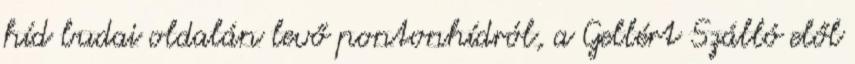
híd budai oldalán levő pontonhídról, a Gellért Szálló elől